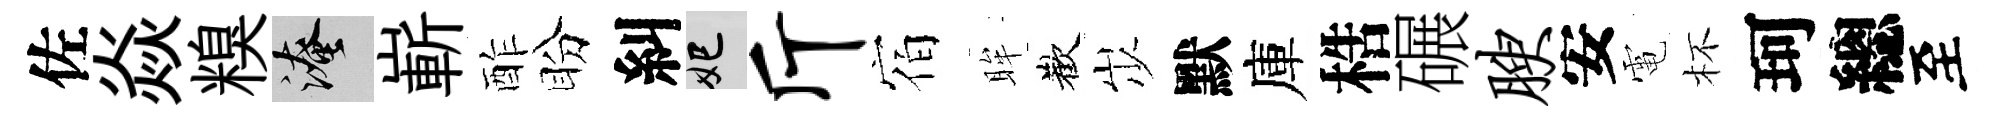
佐焱糗淹嶄酢盼糾妃斤宿眸歡𡵯默庫梏碾腴安電杯珂總至